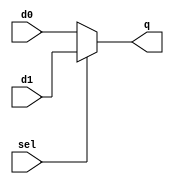
module Mux2x1_2bit(sel,d0,d1,q);

input  [1:0]d0,d1;
input sel;
output [1:0] q;

wire sel;
wire  [1:0]d0,d1;

assign q = (sel==1'b1)? d1:d0;
endmodule